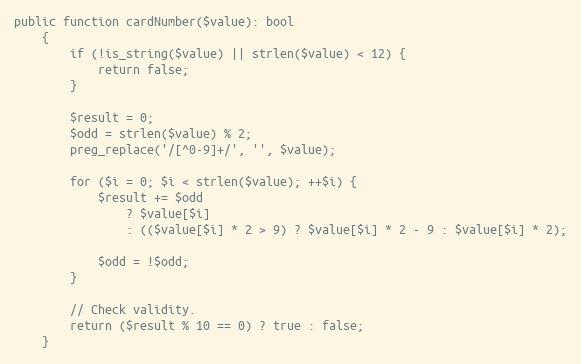
Language: PHP
public function cardNumber($value): bool
    {
        if (!is_string($value) || strlen($value) < 12) {
            return false;
        }

        $result = 0;
        $odd = strlen($value) % 2;
        preg_replace('/[^0-9]+/', '', $value);

        for ($i = 0; $i < strlen($value); ++$i) {
            $result += $odd
                ? $value[$i]
                : (($value[$i] * 2 > 9) ? $value[$i] * 2 - 9 : $value[$i] * 2);

            $odd = !$odd;
        }

        // Check validity.
        return ($result % 10 == 0) ? true : false;
    }